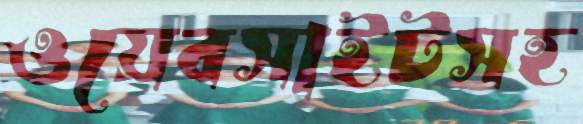
ওয়েবসাইটসহ